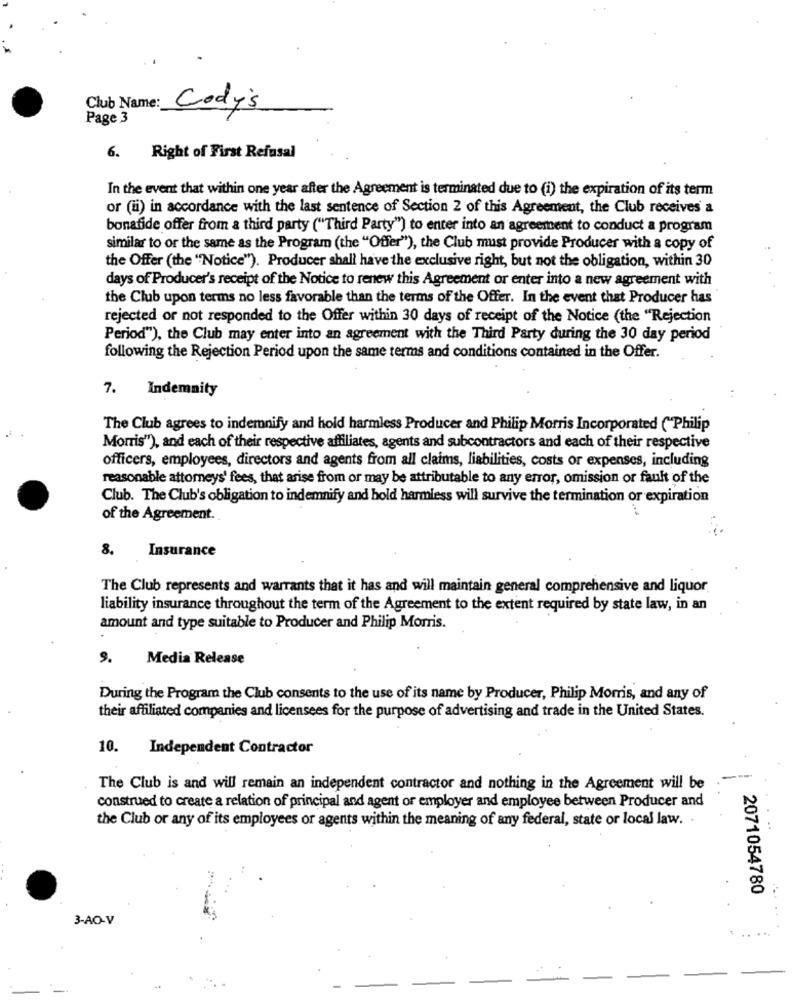
Club Name:
Cody's
Page 3
6. Right of First Refusal
In the event that within one year after the Agreement is terminated due to (i) the expiration of its term
or (ii) in accordance with the last sentence of Section 2 of this Agreement, the Club receives a
bonafide offer from a third party ("Third Party") to enter into an agreement to conduct a program
similar to or the same as the Program (the "Offer"), the Club must provide Producer with a copy of
the Offer (the "Notice"). Producer shall have the exclusive right, but not the obligation, within 30
days of Producer's receipt of the Notice to renew this Agreement or enter into a new agreement with
the Club upon terms no less favorable than the terms of the Offer. In the event that Producer has
rejected or not responded to the Offer within 30 days of receipt of the Notice (the "Rejection
Period"), the Club may enter into an agreement with the Third Party during the 30 day period
following the Rejection Period upon the same terms and conditions contained in the Offer.
7. Indemnity
The Club agrees to indemnify and hold harmless Producer and Philip Morris Incorporated ("Philip
Morris"), and each of their respective affiliates, agents and subcontractors and each of their respective
officers, employees, directors and agents from all claims, liabilities, costs or expenses, including
reasonable attorneys' fees, that arise from or may be attributable to any error, omission or fault of the
Club. The Club's obligation to indemnify and hold harmless will survive the termination or expiration
...
of the Agreement.
Insurance
8.
The Club represents and warrants that it has and will maintain general comprehensive and liquor
liability insurance throughout the term of the Agreement to the extent required by state law, in an
amount and type suitable to Producer and Philip Morris.
9.
Media Release
During the Program the Club consents to the use of its name by Producer, Philip Morris, and any of
their affiliated companies and licensees for the purpose of advertising and trade in the United States.
10. Independent Contractor
The Club is and will remain an independent contractor and nothing in the Agreement will be
construed to create a relation of principal and agent or employer and employee between Producer and
the Club or any of its employees or agents within the meaning of any federal, state or local law. .
2071054780
3-AO-V